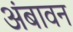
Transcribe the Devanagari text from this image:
अंबावन